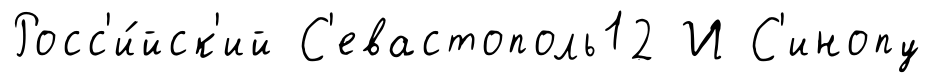
Росс'и́йск'ий С'евастополь12 И С'инопу